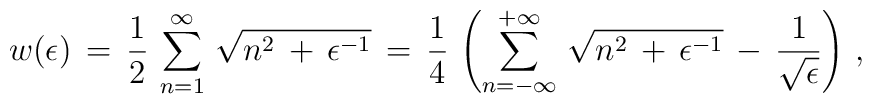
w(\epsilon)\,=\,\frac{1}{2}\,\sum_{n=1}^{\infty}\,\sqrt{n^2\,+\,\epsilon^{-1}}\,=\,\frac{1}{4}\,\left(\sum_{n=-\infty}^{+\infty}\,\sqrt{n^2\,+\,\epsilon^{-1}}\,-\,\frac{1}{\sqrt{\epsilon}}\right)\,{,}